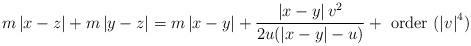
LaTeX: \begin{align*}m\left|x-z\right|+m\left|y-z\right|=m\left|x-y\right|+\frac{\left|x-y\right|v^2}{2u(\left|x-y\right|-u)}+\textrm{ order }(\left|v\right|^4)\end{align*}